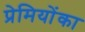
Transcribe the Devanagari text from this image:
प्रेमियोंका